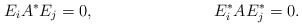
\begin{align*} E_i A^* E_j &= 0, & E^*_i A E^*_j &= 0.\end{align*}